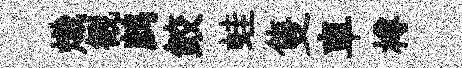
熾観鹧鲛蛙隻車樽